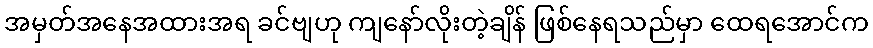
အမှတ်အနေအထားအရ ခင်ဗျဟု ကျနော်လိုးတဲ့ချိန် ဖြစ်နေရသည်မှာ ထေရအောင်က